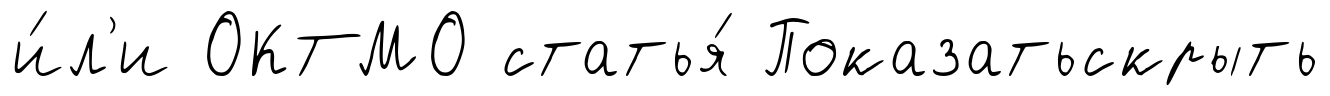
и́л'и ОКТМО статья́ Показатьскрыть